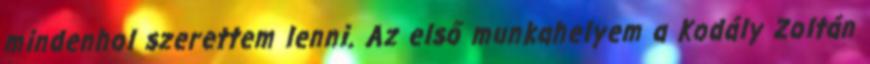
mindenhol szerettem lenni. Az első munkahelyem a Kodály Zoltán